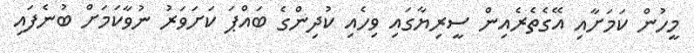
މީހުން ކަމަށާއި އޭގެތެރެއިން ސީރިޔާގައި ވިހެއި ކުދިންގެ ބައްޕަ ކަށަވަރު ނުވާކަމަށް ބުނެފައި